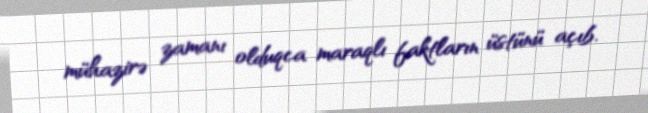
mühazirə zamanı olduqca maraqlı faktların üstünü açıb.